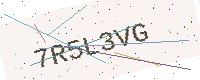
Text: 7R5L3VG